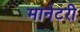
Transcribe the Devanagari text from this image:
मानेटरी